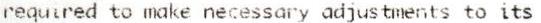
REQUIRED TO MAKE NECESSARY ADJUSTMENTS TO ITS